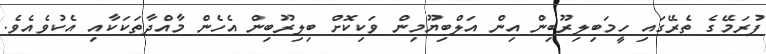
ފުރަމޭގެ ތެރޭގައި ހީމަބިލިރޫބިން އިން އަލްބިޔޫމިން ވަކިކޮށް ބިލިރޫބިން އެހެން މާއްދާތަކަކާއި އެކުވެއެވެ.